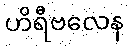
ဟိရီဗလေန